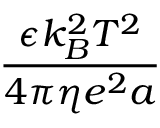
\frac { \epsilon k _ { B } ^ { 2 } T ^ { 2 } } { 4 \pi \eta e ^ { 2 } a }